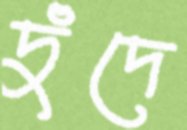
দুঁদে